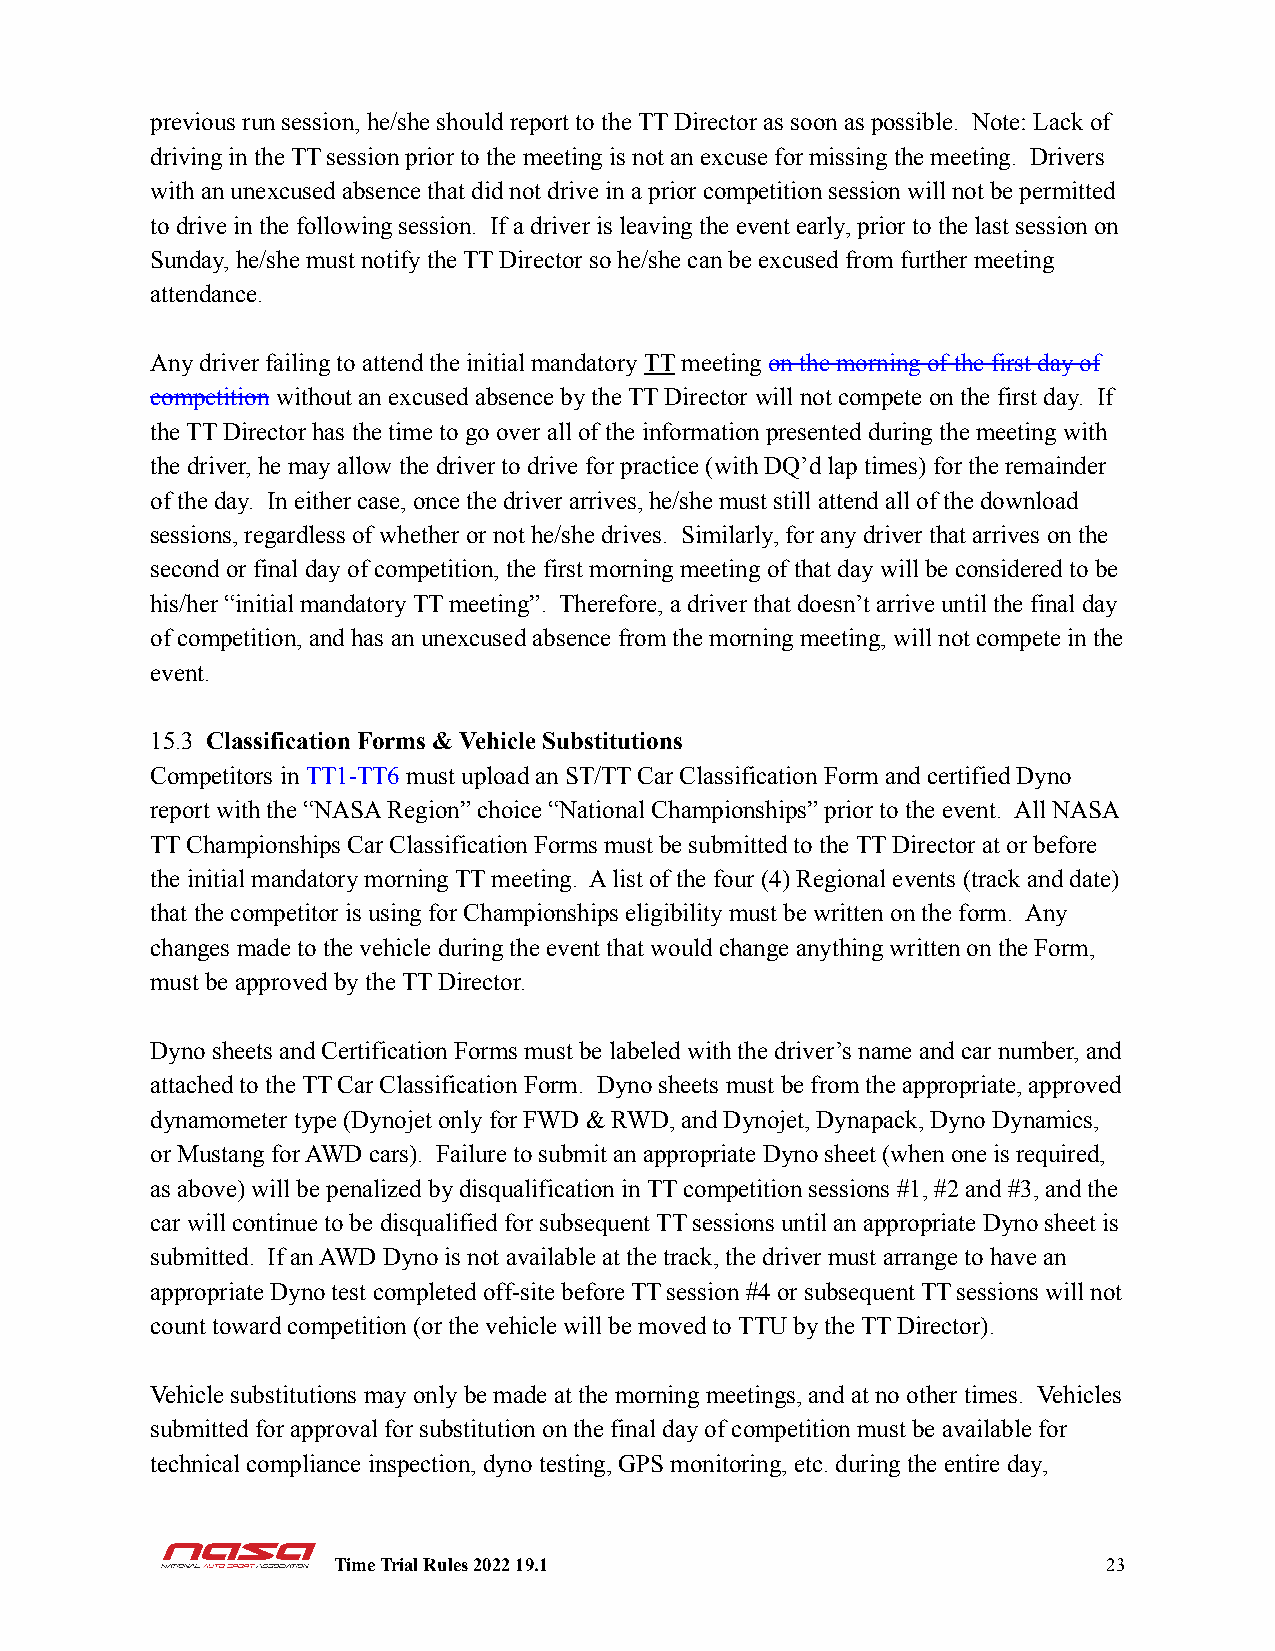
previous run session, he/she should report to the TT Director as soon as possible. Note: Lack of
 driving in the TT session prior to the meeting is not an excuse for missing the meeting. Drivers
 with an unexcused absence that did not drive in a prior competition session will not be permitted
 to drive in the following session. If a driver is leaving the event early, prior to the last session on
 Sunday, he/she must notify the TT Director so he/she can be excused from further meeting
 attendance.
 Any driver failing to attend the initial mandatory TTmeetingon the morning of the first day of
 competition without an excused absence by the TT Director will not compete on the first day. If
 the TT Director has the time to go over all of the information presented during the meeting with
 the driver, he may allow the driver to drive for practice (with DQ’d lap times) for the remainder
 of the day. In either case, once the driver arrives, he/she must still attend all of the download
 sessions, regardless of whether or not he/she drives. Similarly, for any driver that arrives on the
 second or final day of competition, the first morning meeting of that day will be considered to be
 his/her “initial mandatory TT meeting”. Therefore, a driver that doesn’t arrive until the final day
 of competition, and has an unexcused absence from the morning meeting, will not compete in the
 event.
 15.3 Classification Forms & Vehicle Substitutions
 Competitors in TT1-TT6 must upload an ST/TT Car Classification Form and certified Dyno
 report with the “NASA Region” choice “National Championships” prior to the event. All NASA
 TT Championships Car Classification Forms must be submitted to the TT Director at or before
 the initial mandatory morning TT meeting. A list of the four (4) Regional events (track and date)
 that the competitor is using for Championships eligibility must be written on the form. Any
 changes made to the vehicle during the event that would change anything written on the Form,
 must be approved by the TT Director.
 Dyno sheets and Certification Forms must be labeled with the driver’s name and car number, and
 attached to the TT Car Classification Form. Dyno sheets must be from the appropriate, approved
 dynamometer type (Dynojet only for FWD & RWD, and Dynojet, Dynapack, Dyno Dynamics,
 or Mustang for AWD cars). Failure to submit an appropriate Dyno sheet (when one is required,
 as above) will be penalized by disqualification in TT competition sessions #1, #2 and #3, and the
 car will continue to be disqualified for subsequent TT sessions until an appropriate Dyno sheet is
 submitted. If an AWD Dyno is not available at the track, the driver must arrange to have an
 appropriate Dyno test completed off-site before TT session #4 or subsequent TT sessions will not
 count toward competition (or the vehicle will be moved to TTU by the TT Director).
 Vehicle substitutions may only be made at the morning meetings, and at no other times. Vehicles
 submitted for approval for substitution on the final day of competition must be available for
 technical compliance inspection, dyno testing, GPS monitoring, etc. during the entire day,
 Time Trial Rules 2022 19.1                         23